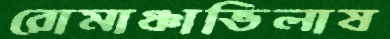
রোমাঞ্চাভিলাষ